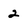
Character: 2